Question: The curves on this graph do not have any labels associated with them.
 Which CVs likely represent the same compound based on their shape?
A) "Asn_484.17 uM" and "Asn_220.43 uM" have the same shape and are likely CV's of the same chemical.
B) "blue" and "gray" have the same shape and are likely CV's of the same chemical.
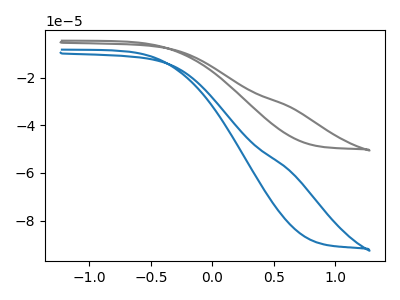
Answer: <think>The gray curve "gray" has no peaks. The blue curve "blue" has no peaks.
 Neither "gray" or "blue" have any peaks.</think>
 <answer>B) "blue" and "gray" have the same shape and are likely CV's of the same chemical.</answer>
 <eval>B</eval>